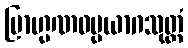
ဗြာဟ္မဏဓမ္မယာဂသုတ္တံ